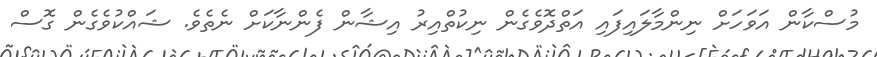
މުސްކާން އަވަހަށް ނިންމާލައިފައި އަތްދޮވެގެން ނިކުތްއިރު އިޝާން ފެންނާކަށް ނެތެވެ. ޝައްކުވެގެން ގޮސް